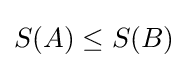
S(A)\leq S(B)